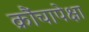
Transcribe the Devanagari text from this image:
क्रौंचापेक्षा